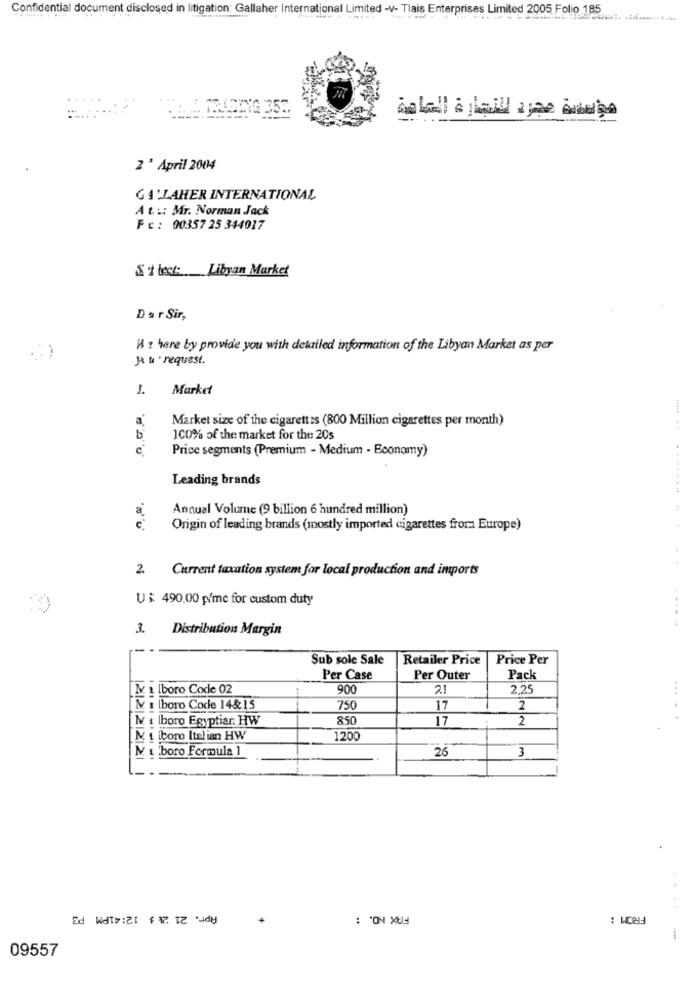
Confidential document disclosed in litigation: Gallaher International Limited -v- Tlais Enterprises Limited 2005 Folio 185
2 ' April 2004
GALLAHER INTERNATIONAL
At .:: Mr. Norman Jack
Fc : 00357 25 344017
St leet: Libyan Market
Dar Sir,
H : here by provide you with detailed information of the Libyan Market as per
JA & ' request.
I.
Market
Market size of the cigarettes (800 Million cigarettes per month)
b
100% of the market for the 20s
c
Price segments (Premium - Medium - Economy)
Leading brands
Annual Volume (9 billion 6 hundred million)
.... .. ...........
a
Origin of leading brands (mostly imported cigarettes from Europe)
2. Current taxation system for local production and imports
U $ 490.00 p/mc for custom duty
3.
Distribution Margin
Sub sole Sale
Retailer Price
Price Per
Per Case
Per Outer
Pack
MY : Iboro Code 02
900
2.1
2,25
Mv 1 boro Code 14$15
750
17
2
M . lboro Egyptiar. HW
850
17
2
[M t iboro Italian HW
1200
M & boro Formula 1
26
3
Apr. 21 21 3 12:41PM P3
FAX NO. :
FROM :
+
09557